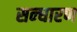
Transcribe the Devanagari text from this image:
सन्‍धारण